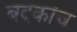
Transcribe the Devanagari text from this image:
बदकांचे